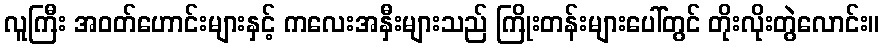
လူကြီး အဝတ်ဟောင်းများနှင့် ကလေးအနှီးများသည် ကြိုးတန်းများပေါ်တွင် တိုးလိုးတွဲလောင်း။